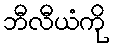
ဘီလီယံကို